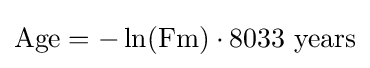
{\text{Age}}=-\ln({\text{Fm}})\cdot 8033{\text{ years}}